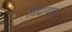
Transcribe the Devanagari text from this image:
विद्रावाचा